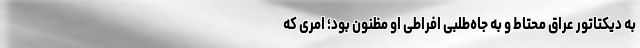
به دیکتاتور عراق محتاط و به جاه‌طلبی افراطی او مظنون بود؛ امری که